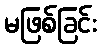
မဖြစ်ခြင်း